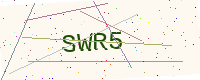
Text: SWR5